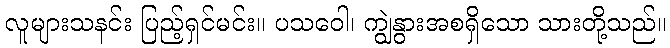
လူများသနင်း ပြည့်ရှင်မင်း။ ပသဝေါ၊ ကျွဲနွားအစရှိသော သားတို့သည်။